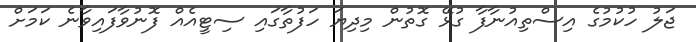
ޖަލު ހުކުމުގެ އިސްތިއުނާފާ ގުޅޭ ގޮތުން މިދިޔަ ހަފުތާގައި ސިޓީއެއް ފޮނުވާފައިވާނެ ކަމަށް